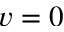
v = 0